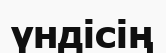
үндісің